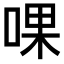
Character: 𠵩